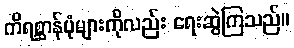
ကိရစ္ဆာန်ပုံများကိုလည်း ရေးဆွဲကြသည်။